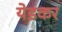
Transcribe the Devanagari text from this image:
येडकर